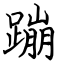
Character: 蹦